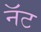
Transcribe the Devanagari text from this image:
नॅट